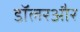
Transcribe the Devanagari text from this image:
डॉलरऔर